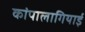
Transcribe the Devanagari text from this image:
कांपालागियाई